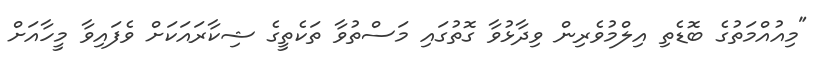
"މިއުއްމަތުގެ ބޮޑެތި އިލްމުވެރިން ވިދާޅުވާ ގޮތުގައި މަސްތުވާ ތަކެތީގެ ޝިކާރައަކަށް ވެފައިވާ މީހާއަށް